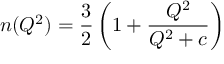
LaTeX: n ( Q ^ { 2 } ) = { \frac { 3 } { 2 } } \left( 1 + { \frac { Q ^ { 2 } } { Q ^ { 2 } + c } } \right)